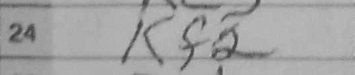
Transcription: Kf2